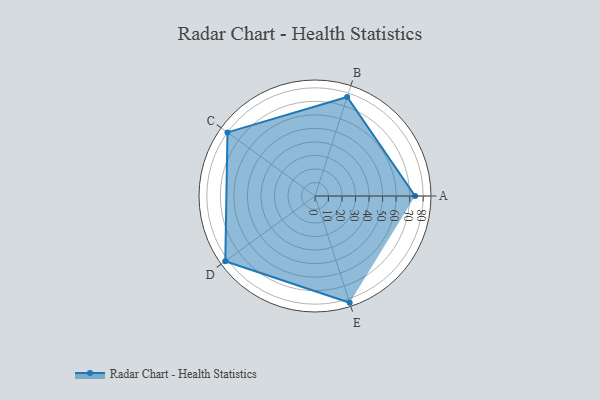
{"axis": {"x": "Skill", "y": "Score"}, "legend": ["Profile"], "data": [{"x": "A", "y": 74.0, "type": "Profile"}, {"x": "B", "y": 77.0, "type": "Profile"}, {"x": "C", "y": 80.0, "type": "Profile"}, {"x": "D", "y": 82.0, "type": "Profile"}, {"x": "E", "y": 83.0, "type": "Profile"}]}